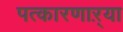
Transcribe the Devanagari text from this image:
पत्कारणाऱ्या